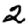
Digit: 2